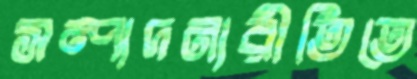
সম্পাদনারীতিতে